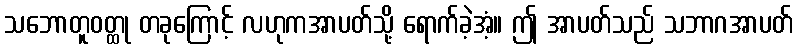
သဘောတူဝတ္ထု တခုကြောင့် လဟုကအာပတ်သို့ ရောက်ခဲ့အံ့။ ဤ အာပတ်သည် သဘာဂအာပတ်